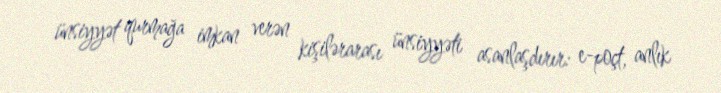
ünsiyyət qurmağa imkan verən kişilərarası ünsiyyəti asanlaşdırır: e-poçt, anlık